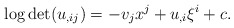
\begin{align*}\log\det (u_{,ij}) = -v_jx^j + u_{,i}\xi^i + c.\end{align*}